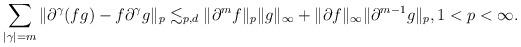
LaTeX: \begin{align*}\sum_{|\gamma|=m} \| \partial^{\gamma} (fg) - f \partial^{\gamma} g \|_p \lesssim_{p,d} \| \partial^m f \|_p \| g\|_{\infty}+ \| \partial f \|_{\infty} \| \partial^{m-1} g \|_p, 1<p<\infty.\end{align*}